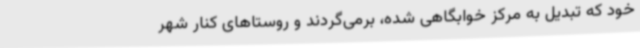
خود که تبدیل به مرکز خوابگاهی شده، برمی‌گردند و روستاهای کنار شهر